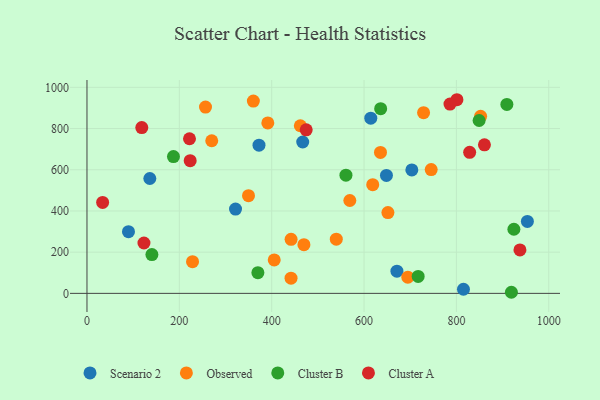
{"axis": {"x": "Distance", "y": "Fuel Efficiency"}, "legend": ["Cluster A", "Cluster B", "Observed", "Scenario 2"], "data": [{"x": "648.5", "y": 572.3, "type": "Scenario 2"}, {"x": "467.2", "y": 734.7, "type": "Scenario 2"}, {"x": "703.5", "y": 599.3, "type": "Scenario 2"}, {"x": "614.6", "y": 850.1, "type": "Scenario 2"}, {"x": "89.9", "y": 299.3, "type": "Scenario 2"}, {"x": "953.7", "y": 349.3, "type": "Scenario 2"}, {"x": "372.5", "y": 719.2, "type": "Scenario 2"}, {"x": "815.3", "y": 20.1, "type": "Scenario 2"}, {"x": "671.2", "y": 107.5, "type": "Scenario 2"}, {"x": "321.7", "y": 409.2, "type": "Scenario 2"}, {"x": "136.1", "y": 557.6, "type": "Scenario 2"}, {"x": "270.2", "y": 740.8, "type": "Observed"}, {"x": "694.8", "y": 78.6, "type": "Observed"}, {"x": "228.6", "y": 153.6, "type": "Observed"}, {"x": "651.7", "y": 391.9, "type": "Observed"}, {"x": "745.4", "y": 600.8, "type": "Observed"}, {"x": "442.0", "y": 262.2, "type": "Observed"}, {"x": "349.8", "y": 474.0, "type": "Observed"}, {"x": "441.9", "y": 73.9, "type": "Observed"}, {"x": "728.9", "y": 877.0, "type": "Observed"}, {"x": "635.6", "y": 684.1, "type": "Observed"}, {"x": "360.3", "y": 933.1, "type": "Observed"}, {"x": "539.9", "y": 263.0, "type": "Observed"}, {"x": "852.4", "y": 859.2, "type": "Observed"}, {"x": "469.8", "y": 236.5, "type": "Observed"}, {"x": "618.8", "y": 527.6, "type": "Observed"}, {"x": "462.0", "y": 813.6, "type": "Observed"}, {"x": "256.7", "y": 904.0, "type": "Observed"}, {"x": "405.5", "y": 162.4, "type": "Observed"}, {"x": "391.6", "y": 827.3, "type": "Observed"}, {"x": "569.2", "y": 450.6, "type": "Observed"}, {"x": "919.1", "y": 5.3, "type": "Cluster B"}, {"x": "140.6", "y": 188.4, "type": "Cluster B"}, {"x": "849.2", "y": 839.0, "type": "Cluster B"}, {"x": "924.5", "y": 311.1, "type": "Cluster B"}, {"x": "187.3", "y": 664.0, "type": "Cluster B"}, {"x": "717.2", "y": 82.3, "type": "Cluster B"}, {"x": "560.8", "y": 573.6, "type": "Cluster B"}, {"x": "909.3", "y": 917.0, "type": "Cluster B"}, {"x": "636.0", "y": 896.3, "type": "Cluster B"}, {"x": "370.1", "y": 100.2, "type": "Cluster B"}, {"x": "801.1", "y": 939.8, "type": "Cluster A"}, {"x": "118.7", "y": 804.8, "type": "Cluster A"}, {"x": "474.7", "y": 793.7, "type": "Cluster A"}, {"x": "786.1", "y": 918.9, "type": "Cluster A"}, {"x": "828.7", "y": 684.4, "type": "Cluster A"}, {"x": "937.6", "y": 210.6, "type": "Cluster A"}, {"x": "222.0", "y": 750.3, "type": "Cluster A"}, {"x": "123.4", "y": 244.5, "type": "Cluster A"}, {"x": "33.9", "y": 441.6, "type": "Cluster A"}, {"x": "860.7", "y": 721.1, "type": "Cluster A"}, {"x": "223.5", "y": 644.0, "type": "Cluster A"}]}